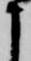
よ